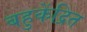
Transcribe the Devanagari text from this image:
बहुकेंद्रित